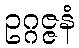
ဥဂ္ဂဇ္ဇနံ